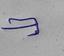
Signature authenticity: forged